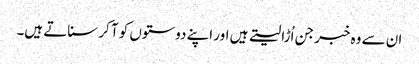
ان سے وہ خبر جن اُڑا لیتے ہیں اور اپنے دوستوں کو آ کر سناتے ہیں۔